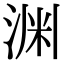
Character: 渊